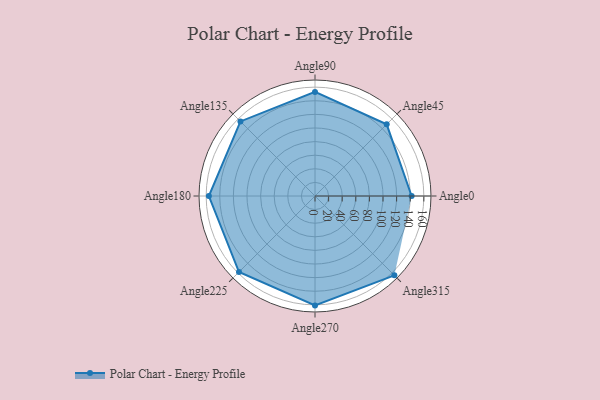
{"axis": {"x": "Angle", "y": "Radius"}, "legend": [""], "data": [{"x": "Angle0", "y": 142.0, "type": ""}, {"x": "Angle45", "y": 149.0, "type": ""}, {"x": "Angle90", "y": 153.0, "type": ""}, {"x": "Angle135", "y": 155.0, "type": ""}, {"x": "Angle180", "y": 156.0, "type": ""}, {"x": "Angle225", "y": 158.0, "type": ""}, {"x": "Angle270", "y": 161.0, "type": ""}, {"x": "Angle315", "y": 165.0, "type": ""}]}